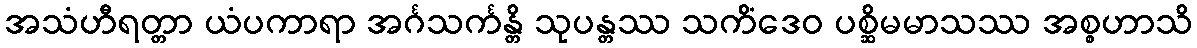
အသံဟီရတ္တာ ယံပကာရာ အင်္ဂသင်္ကန္တိ သုပန္တဿ သကိံဒေဝ ပစ္ဆိမမာသဿ အစ္စဟာသိ